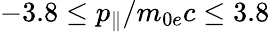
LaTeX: -3.8\leq p_{\parallel}/m_{0e}c\leq 3.8